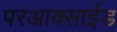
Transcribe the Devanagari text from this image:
परआक्साईड